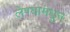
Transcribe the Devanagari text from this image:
लेण्यामधून